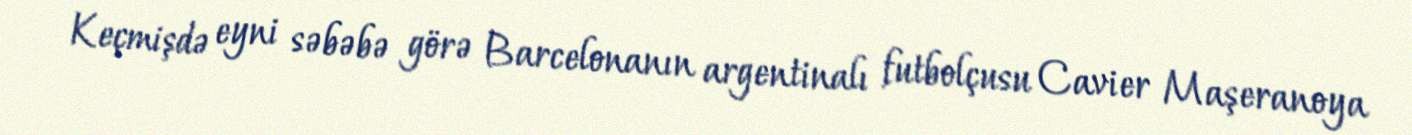
Keçmişdə eyni səbəbə görə Barcelonanın argentinalı futbolçusu Cavier Maşeranoya